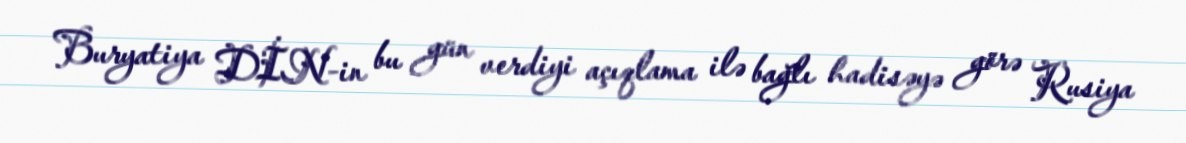
Buryatiya DİN-in bu gün verdiyi açıqlama ilə bağlı hadisəyə görə Rusiya